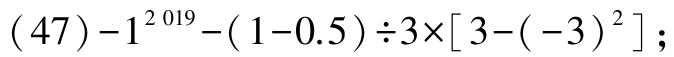
\((47)-1^{2019}-(1 - 0.5)\div3\times[3-(-3)^{2}]\)